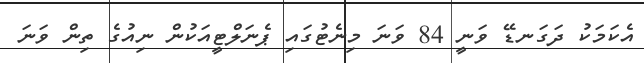
އެކަމަކު ދަގަނޑޭ ވަނީ 84 ވަނަ މިނެޓުގައި ޕެނަލްޓީއަކުން ނިއުގެ ތިން ވަނަ